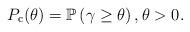
LaTeX: \begin{align*}P_\mathrm{c}(\theta) = \mathbb{P}\left( \gamma \geq \theta \right), \theta > 0.\end{align*}